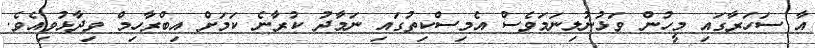
އާ ސަހަރާގައި މީހުން ވަޅުނުލިނަމަވެސް އެމިސްކިތުގައި ނަމާދު ކުރާނެ ކަމަށް އިބްރާހިމް ވިދާޅުވިއެވެ.